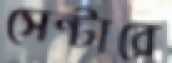
সেন্টারে